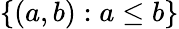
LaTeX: \{ (a,b):a\leq b\}